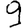
Digit: 9